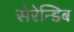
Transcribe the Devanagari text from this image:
सेरेन्डिब